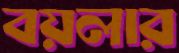
বয়লার